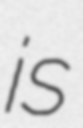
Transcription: is